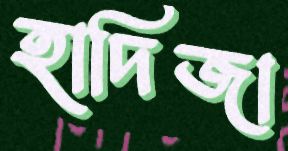
হাদিজা